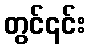
တွင်၎င်း